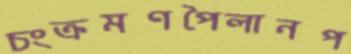
চংক্রমণপৈলানপ